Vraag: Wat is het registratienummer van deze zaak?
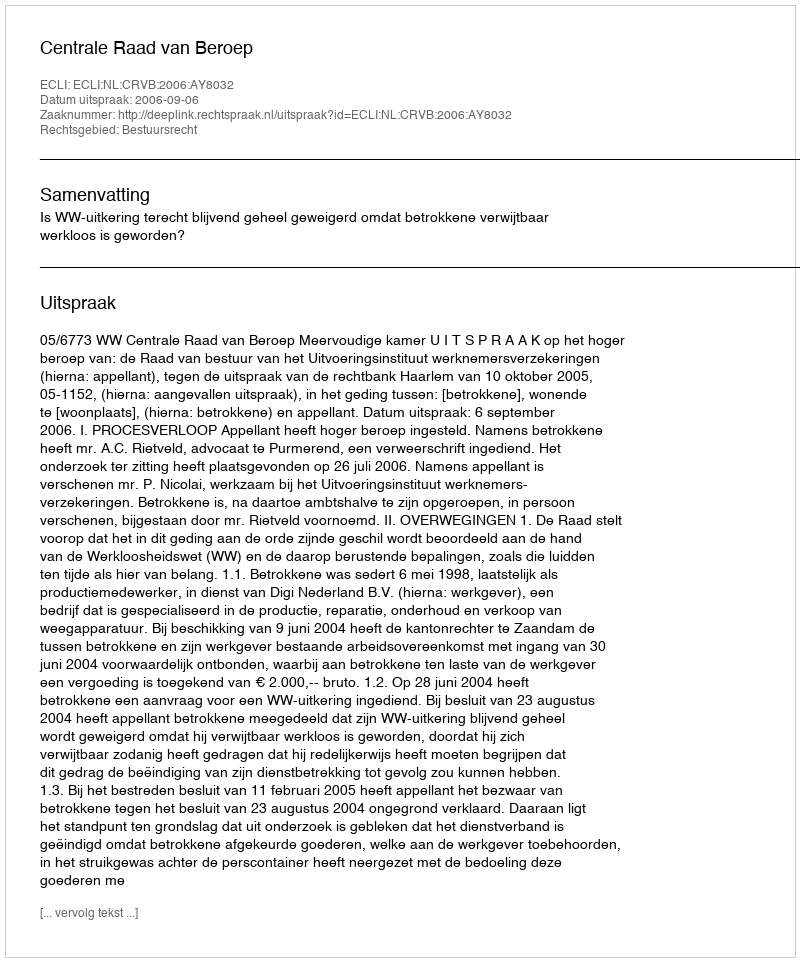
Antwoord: http://deeplink.rechtspraak.nl/uitspraak?id=ECLI:NL:CRVB:2006:AY8032